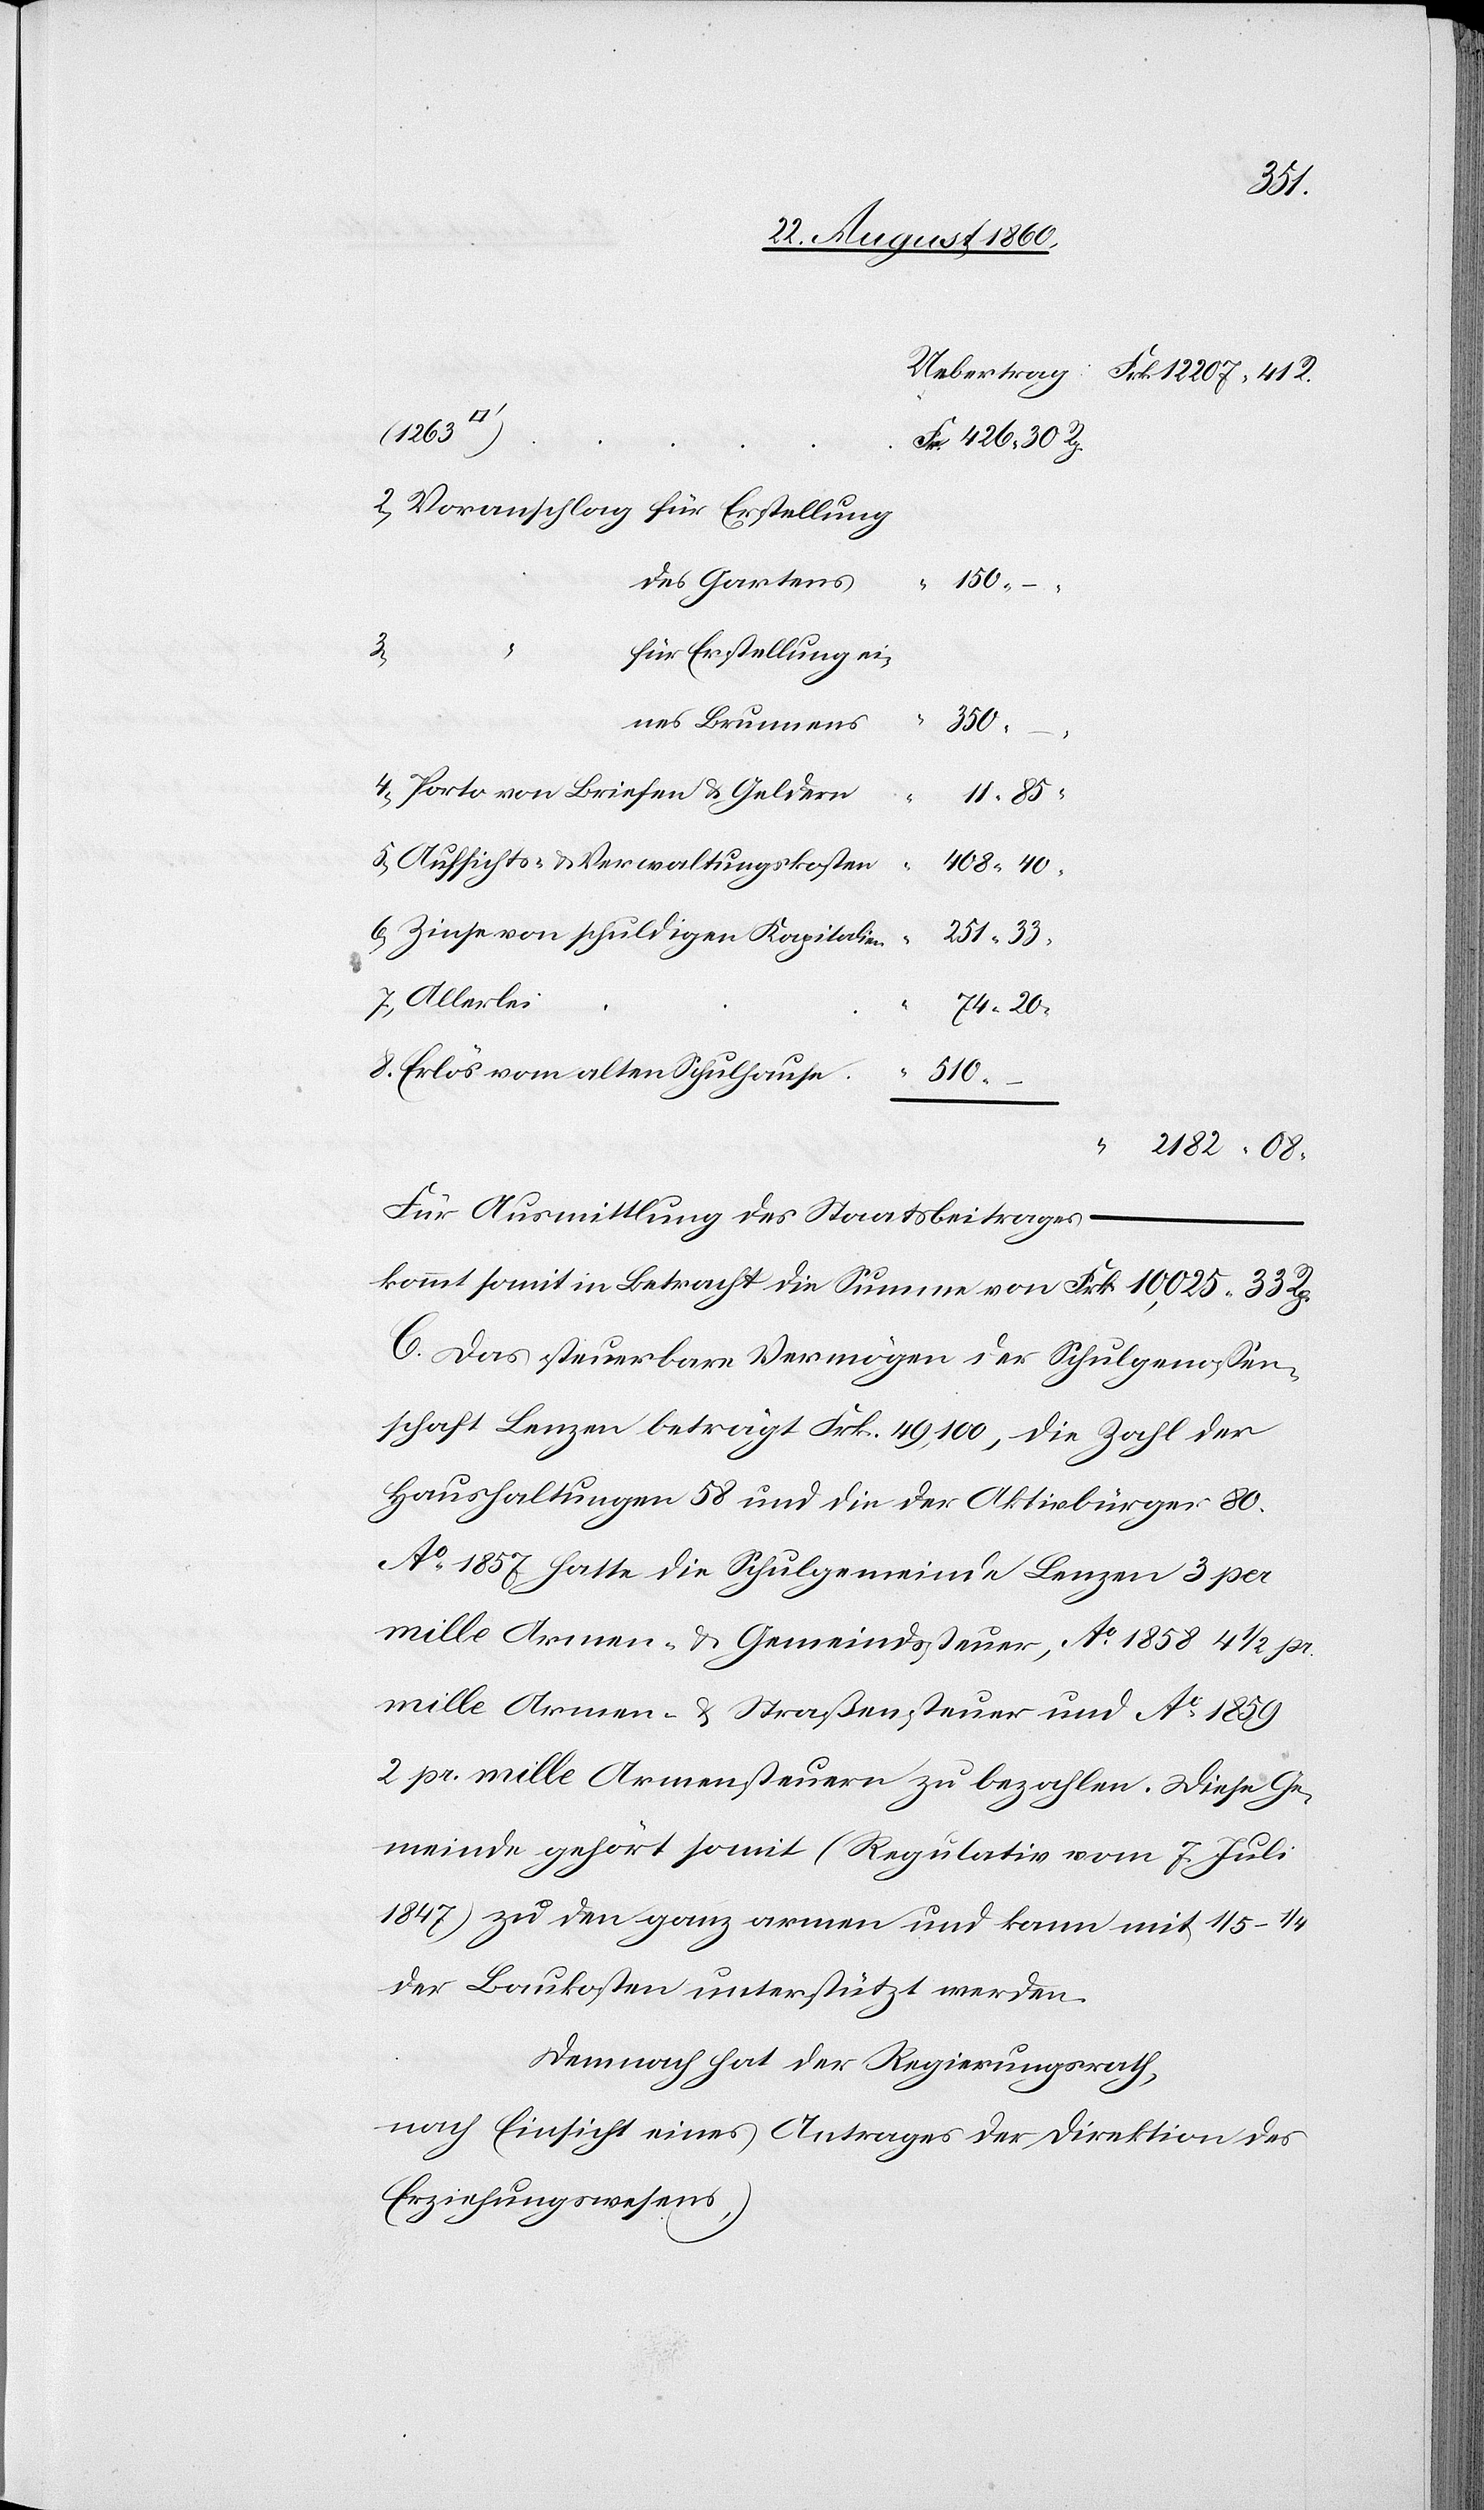
251.
33.
Voranschlag für Erstellung
des Gartens
8.
74.
für Erstellung ei¬
nes Brunnens
20.
Porto v. Briefen u. Geldern
6.
Aufsichts- u. Verwaltungskosten
Zinse u. schuldigen Kapitalien
Erlös vom alten Schulhause
510.
Für Ausmittlung des Staatsbeitrages
C. Das steuerbare Vermögen der Schulgenossen¬
schaft Lenzen beträgt Frk. 49,100, die Zahl der
Haushaltungen 58 und die der Aktivbürger 80.
Ao 1857 hatte die Schulgemeinde Lenzen 3 per
mille Armen- & Gemeindsteuer, Ao 1858 4 1/2 per
mille Armen- u. Straßensteuer u. Ao 1859
2 per mille Armensteuern zu bezahlen. Diese Ge¬
meinde gehört somit (Regulativ vom 7. Juli
1847) zu den ganz armen und kann mit 1/5–1/4
der Baukosten unterstützt werden.
Demnach hat der Regierungsrath,
nach Einsicht eines Antrages der Direktion des
Erziehungswesens,